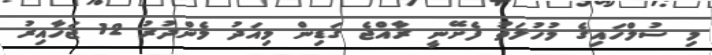
މި ސުލްހައިގެ މުހުލަތު ފެށޭނީ ރާއްޖެ ގަޑިން މިއަދު މެންދުރު 12 ޖަހާއިރު